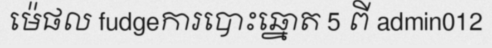
ម៉េផល fudgeការបោះឆ្នោត 5 ពី admin012